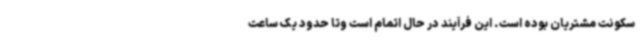
سکونت مشتریان بوده است. این فرآیند در حال اتمام است وتا حدود یک ساعت